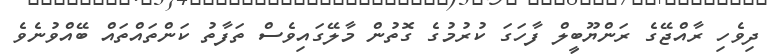
ދިވެހި ރާއްޖޭގެ ރަންޔޫބީލް ފާހަގަ ކުރުމުގެ ގޮތުން މާލޭގައިވެސް ތަފާތު ކަންތައްތައް ބޭއްވުނެވެ